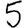
Digit: 5